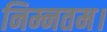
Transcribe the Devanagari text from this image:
निम्नतम।